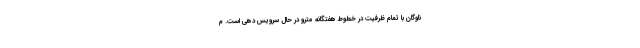
ناوگان با تمام ظرفیت در خطوط هفتگانه مترو در حال سرویس دهی است. م